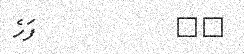
٧٤         ފަހެ